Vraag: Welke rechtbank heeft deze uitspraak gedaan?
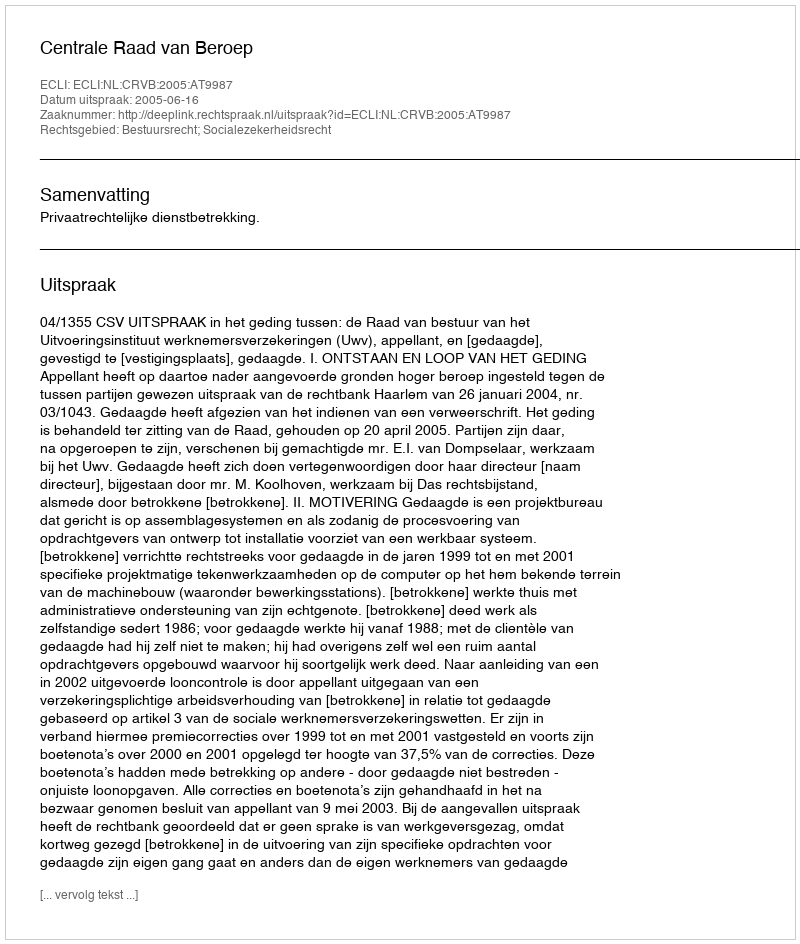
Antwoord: Centrale Raad van Beroep